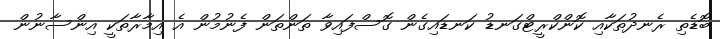
ބޮޑެތި ރެނދުތަކާއި ކޮންކްރީޓްގަނޑު ކަނޑައިގެން ގޮސްފައިވާ ތަންތަން ފެނުމުން އެ އިމާރާތަކީ އިންސާނުން